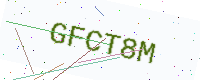
Text: GFCT8M